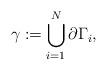
LaTeX: \begin{align*} \gamma:= \bigcup_{i=1}^N \partial\Gamma_i,\end{align*}